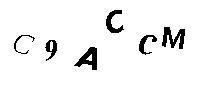
C9ACCM